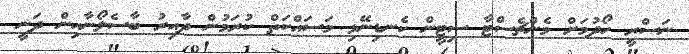
ނަސްރީ ހޯދުމަށް މެންޗެސްޓާ ސިޓީން ކެނޑިނޭޅި މަސައްކަތް ކުރަމުން ދާއިރު ބާސެލޯނާއިން ދަނީ